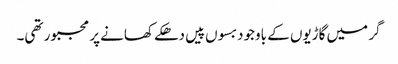
گر میں گاڑیوں کے باوجود بسوں پیں دھکے کھانے پر مجبور تھی۔